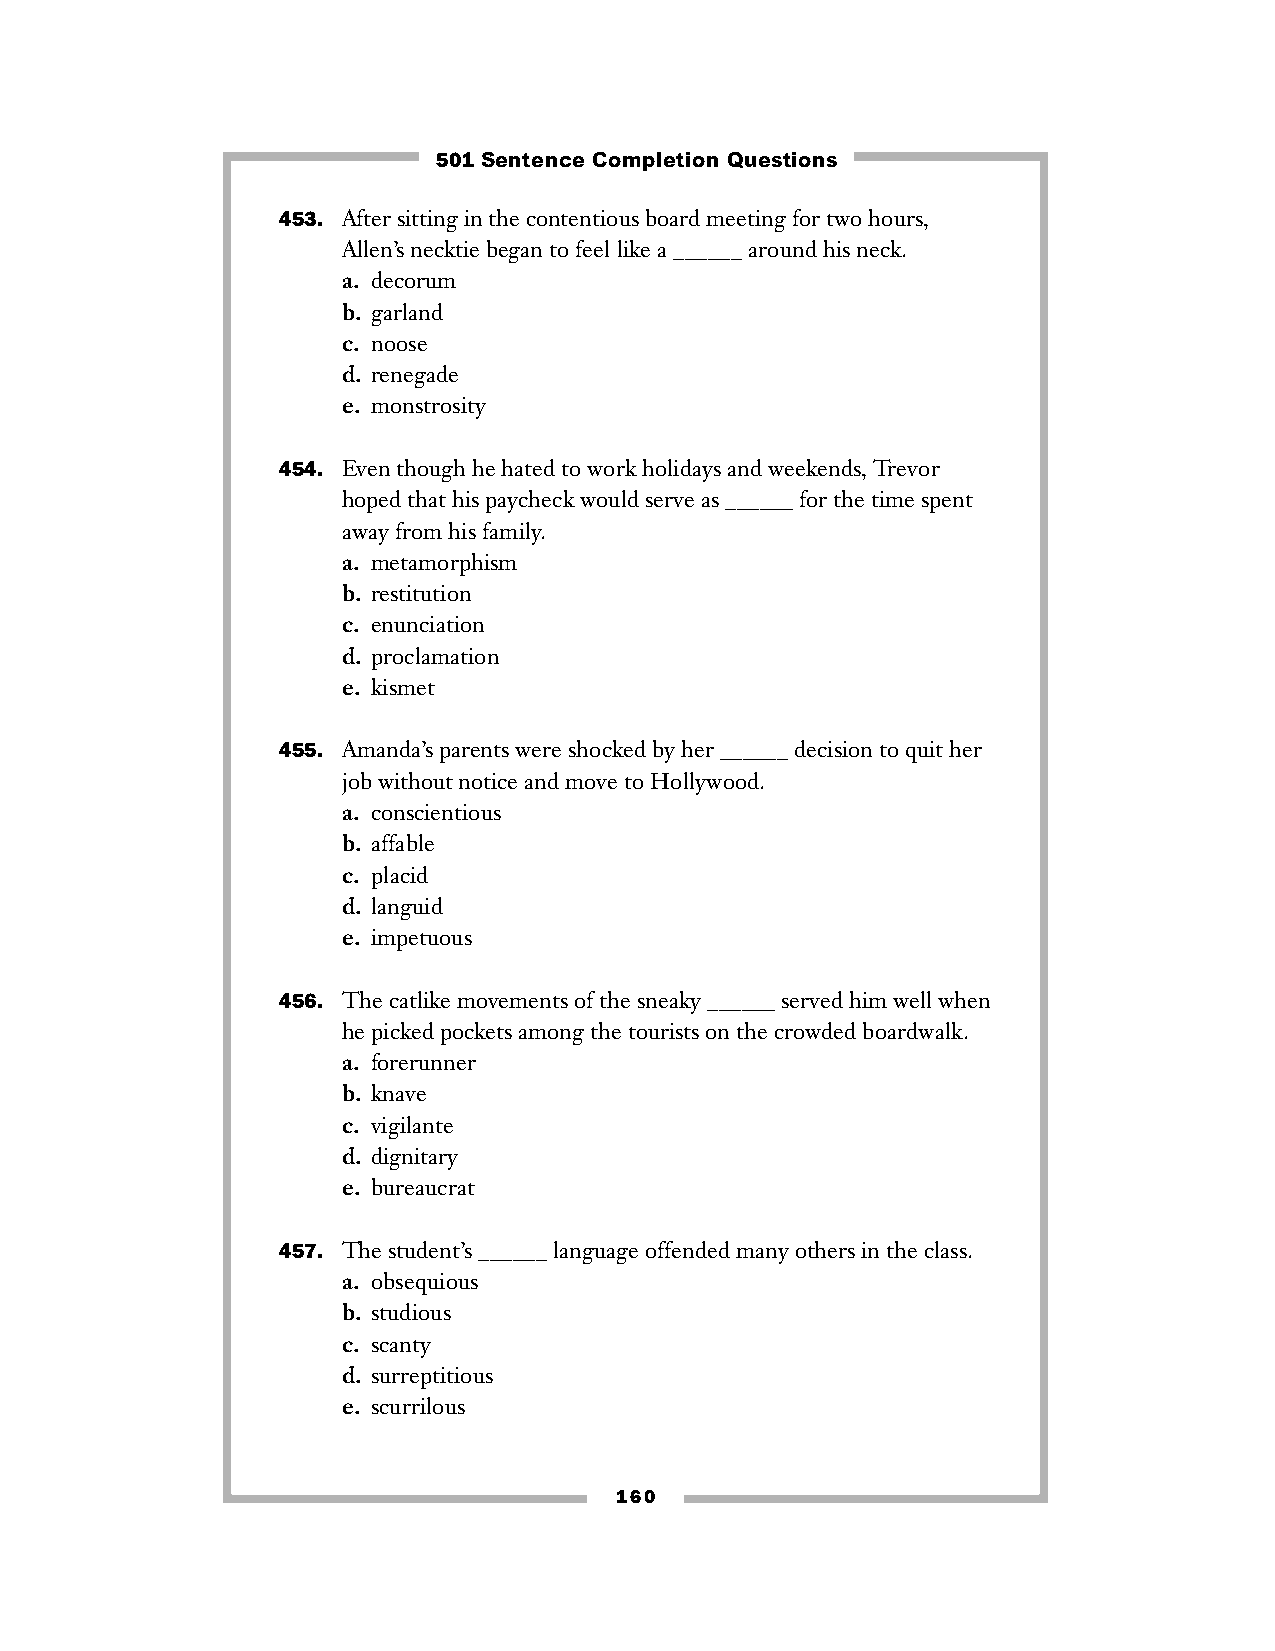
501 Sentence Completion Questions
 453. After sitting in the contentious board meeting for two hours,
 Allen’s necktie began to feel like a ______ around his neck.
 a. decorum
 b. garland
 c. noose
 d. renegade
 e. monstrosity
 454. Even though he hated to work holidays and weekends, Trevor
 hoped that his paycheck would serve as ______ for the time spent
 away from his family.
 a. metamorphism
 b. restitution
 c. enunciation
 d. proclamation
 e. kismet
 455. Amanda’s parents were shocked by her ______ decision to quit her
 job without notice and move to Hollywood.
 a. conscientious
 b. affable
 c. placid
 d. languid
 e. impetuous
 456. The catlike movements of the sneaky ______ served him well when
 he picked pockets among the tourists on the crowded boardwalk.
 a. forerunner
 b. knave
 c. vigilante
 d. dignitary
 e. bureaucrat
 457. The student’s ______ language offended many others in the class.
 a. obsequious
 b. studious
 c. scanty
 d. surreptitious
 e. scurrilous
 160